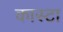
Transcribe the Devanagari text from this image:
कास्टा